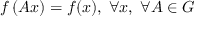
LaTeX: f \left( A x \right) = f ( x ) , \; \forall x , \; \forall A \in G